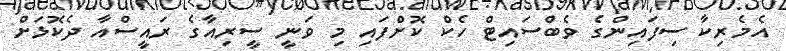
އެމެރިކާ ސިފައިންގެ ވެބްސައިޓް ހެކް ކޮށްފައި މި ވަނީ ސީރިއާގެ ރައީސްއާ ދެކޮޅަށް